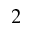
2